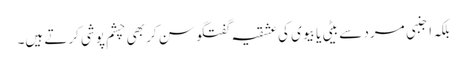
بلکہ اجنبی مرد سے بیٹی یا بیوی کی عشقیہ گفتگو سن کر بھی چشم پوشی کرتے ہیں۔